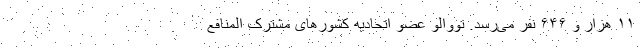
۱۱ هزار و ۶۴۶ نفر می‌رسد. تووالو عضو اتحادیه کشور‌های مشترک المنافع